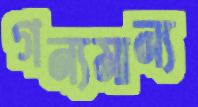
গন্যমান্য